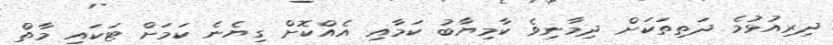
ދިރިއުޅުމެ ދަތިތަކަށް ދިމާނިވެ ކާމިޔާބު ކަމާއި އެއްކޮށް ގިޔެނެ ކަމަށް ޓަކައި މާތް